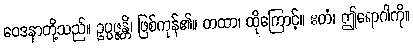
ဝေဒနာတို့သည်။ ဥပ္ပဇ္ဇန္တိ၊ ဖြစ်ကုန်၏။ တထာ၊ ထိုကြောင့်။ ဧတံ၊ ဤရောဂါကို။